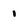
Character: i